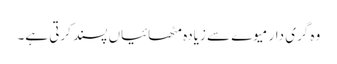
وہ گری دار میوے سے زیادہ مٹھائیاں پسند کرتی ہے۔